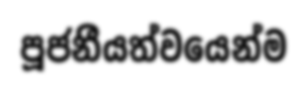
පූජනීයත්වයෙන්ම